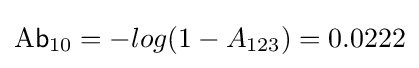
{\mathsf {\mathrm {A} b}}_{10}=-log(1-A_{123})=0.0222